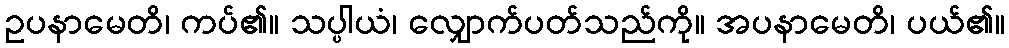
ဥပနာမေတိ၊ ကပ်၏။ သပ္ပါယံ၊ လျှောက်ပတ်သည်ကို။ အပနာမေတိ၊ ပယ်၏။